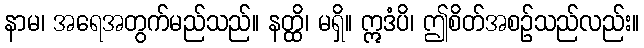
နာမ၊ အရေအတွက်မည်သည်။ နတ္ထိ၊ မရှိ။ ဣဒံပိ၊ ဤစိတ်အစဉ်သည်လည်း။